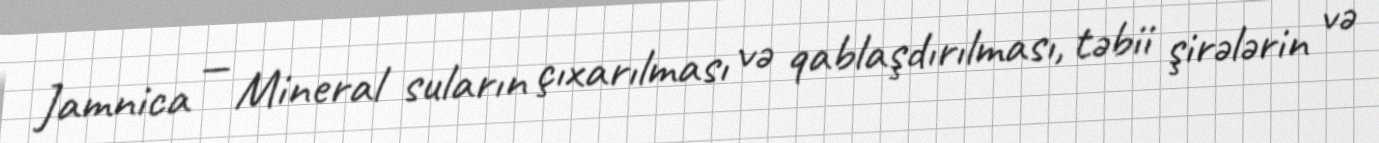
Jamnica — Mineral suların çıxarılması və qablaşdırılması, təbii şirələrin və